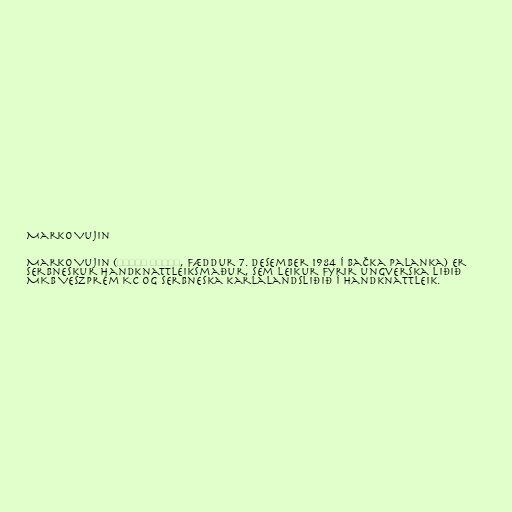
Marko Vujin

Marko Vujin (Марко Вујин, fæddur 7. desember 1984 í Bačka Palanka) er
serbneskur handknattleiksmaður, sem leikur fyrir ungverska liðið
MKB Veszprém KC og serbneska karlalandsliðið í handknattleik.